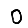
Digit: 0